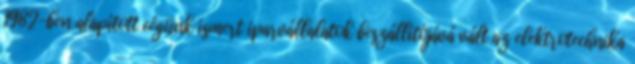
1982-ben alapított cégünk ismert iparvállalatok beszállítójává vált az elektrotechnika